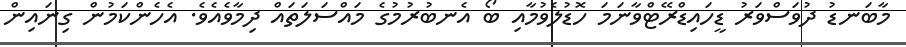
މާބަނޑު ދުވަސްވަރު ޑީހައިޑްރޭޓްވާނަމަ ހޮޑުލެވުމާއި ބޯ އެނބުރުމުގެ މައްސަލަތައް ދިމާވެއެވެ. އެހެންކަމުން ގިނައިން